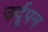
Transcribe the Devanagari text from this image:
उर्दूपन